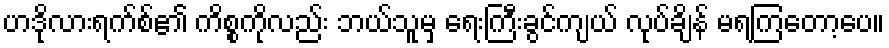
ဟဒိုလားရက်စ်၏ ကိစ္စကိုလည်း ဘယ်သူမှ ရေးကြီးခွင်ကျယ် လုပ်ချိန် မရကြတော့ပေ။